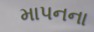
માપનના